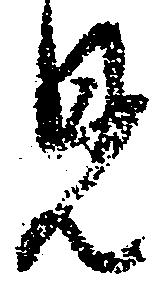
見